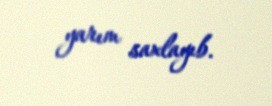
yarım saxlayıb.